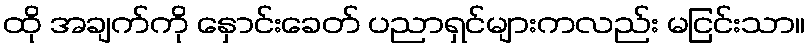
ထို အချက်ကို နှောင်းခေတ် ပညာရှင်များကလည်း မငြင်းသာ။